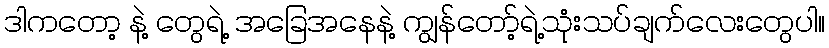
ဒါကတော့ နဲ့ တွေရဲ့ အခြေအနေနဲ့ ကျွန်တော့်ရဲ့သုံးသပ်ချက်လေးတွေပါ။